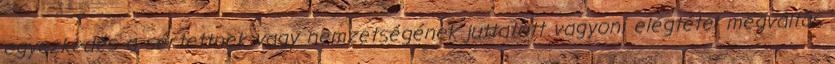
egyezkedés a sértettnek vagy nemzetségének juttatott vagyoni elégtétel megváltás